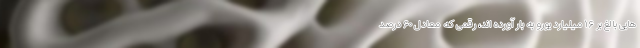
هایی بالغ بر ۱۶ میلیارد یورو به بار آورده اند، رقمی که معادل ۶۰ درصد